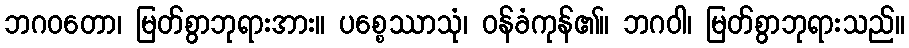
ဘဂဝတော၊ မြတ်စွာဘုရားအား။ ပစ္စေဿာသုံ၊ ဝန်ခံကုန်၏။ ဘဂဝါ၊ မြတ်စွာဘုရားသည်။